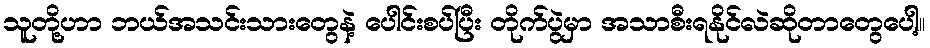
သူတို့ဟာ ဘယ်အသင်းသားတွေနဲ့ ပေါင်းစပ်ပြီး တိုက်ပွဲမှာ အသာစီးရနိုင်လဲဆိုတာတွေပေါ့။